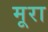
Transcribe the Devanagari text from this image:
मूरा